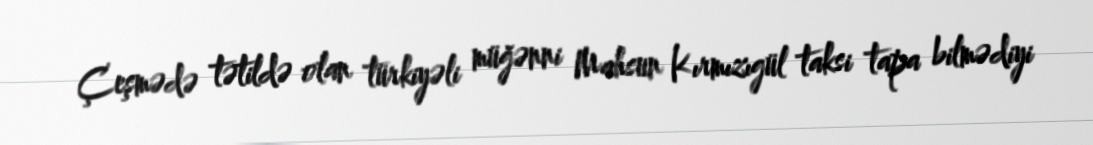
Çeşmədə tətildə olan türkiyəli müğənni Mahsun Kırmızıgül taksi tapa bilmədiyi